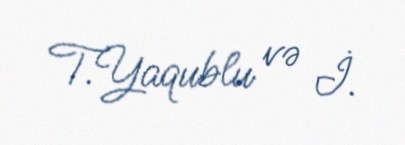
T.Yaqublu və İ.